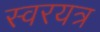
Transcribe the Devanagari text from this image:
स्वरयत्र